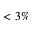
< 3 \%